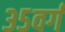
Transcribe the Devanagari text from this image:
३५वर्ग